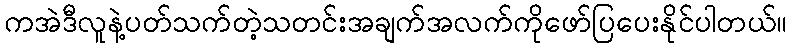
ကအဲဒီလူနဲ့ပတ်သက်တဲ့သတင်းအချက်အလက်ကိုဖော်ပြပေးနိုင်ပါတယ်။